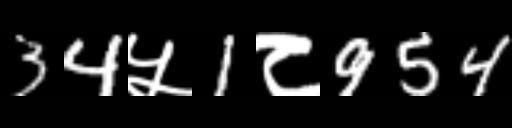
Text: 34५1८954